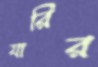
যারির